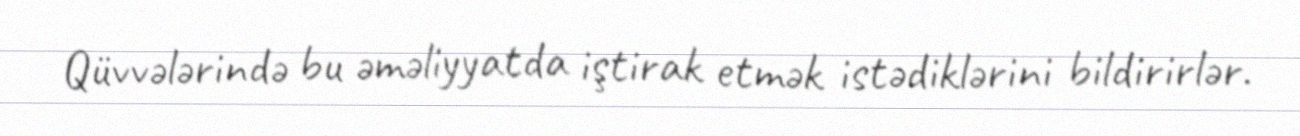
Qüvvələrində bu əməliyyatda iştirak etmək istədiklərini bildirirlər.